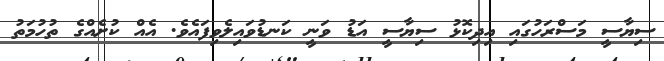
ސިޔާސީ މަސްރަހުގައި އިދިކޮޅު ސިޔާސީ އަޑު ވަނީ ކަނޑުވައިލެވިފައެވެ. އެއް ކުށެއްގެ ތުހުމަތު